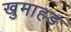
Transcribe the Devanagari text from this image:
खुमाहड